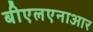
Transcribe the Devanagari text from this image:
बीएलएनाआर